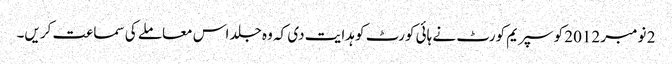
2 نومبر 2012 کو سپریم کورٹ نے ہائی کورٹ کو ہدایت دی کہ وہ جلد اس معاملے کی سماعت کریں۔